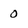
Character: 0